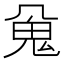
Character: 𱆖